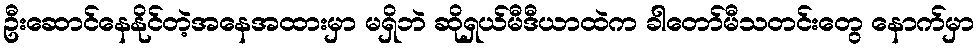
ဦးဆောင်နေနိုင်တဲ့အနေအထားမှာ မရှိဘဲ ဆိုရှယ်မီဒီယာထဲက ခါတော်မီသတင်းတွေ နောက်မှာ